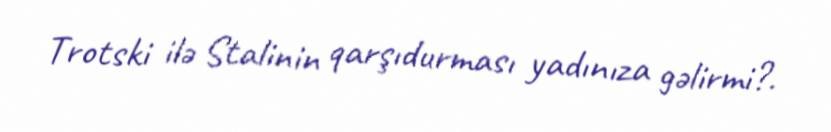
Trotski ilə Stalinin qarşıdurması yadınıza gəlirmi?.